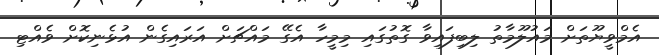
އެމްވީޔޫތަށް މައުލޫމާތު ލިބިފައިވާ ގޮތުގައި މިމީހާ އެގޭ މައްޗަށް އަރައިގެން އުޅެނިކޮށް ވެއްޓި